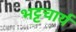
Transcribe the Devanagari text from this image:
भट्टचार्य